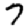
Digit: 7